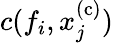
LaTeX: c(f_{i},x_{j}^{\mathrm{(c)}})